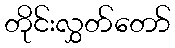
တိုင်းလွှတ်တော်